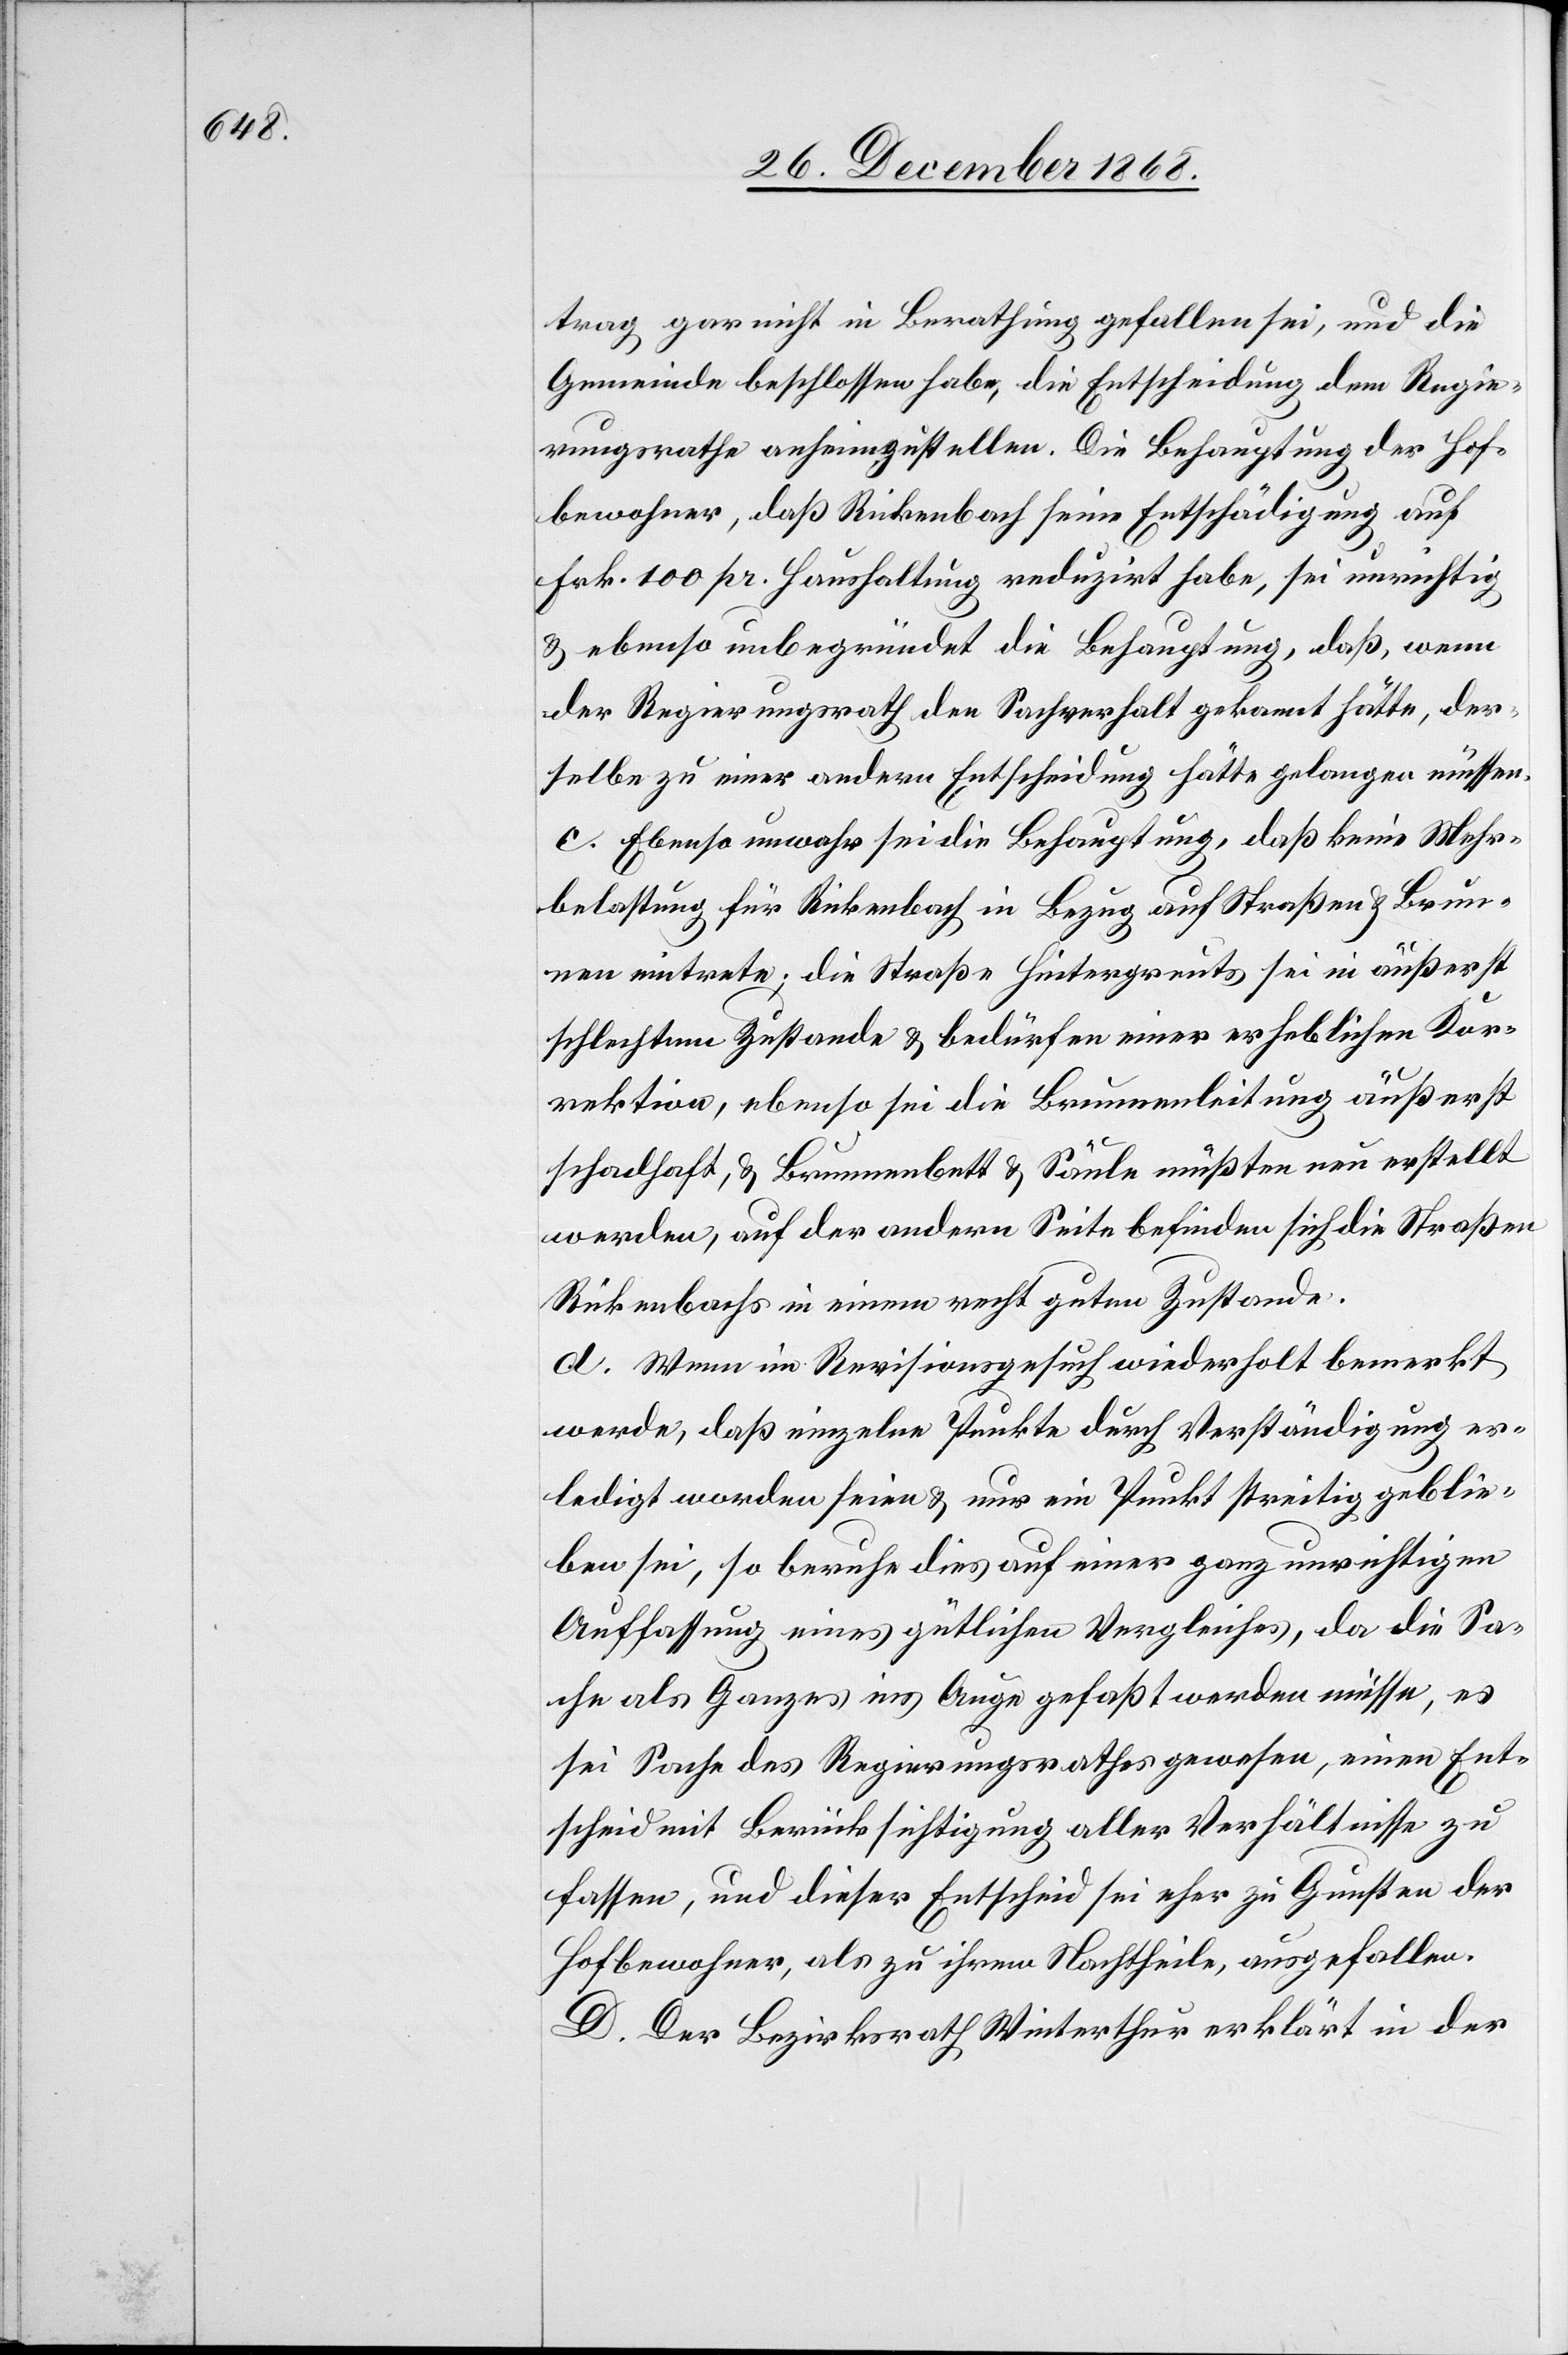
trag gar nicht in Berathung gefallen sei, und die
Gemeinde beschlossen habe, die Entscheidung dem Regie¬
rungsrathe anheimzustellen. Die Behauptung der Hof¬
bewohner, daß Rickenbach seine Entschädigung auf
Frk. 100 pr. Haushaltung reduzirt habe, sei unrichtig
& ebenso unbegründet die Behauptung, daß, wenn
der Regierungsrath den Sachverhalt gekannt hätte, der¬
selbe zu einer andern Entscheidung hätte gelangen müssen.
c. Ebenso unwahr sei die Behauptung, daß keine Mehr¬
belastung für Rickenbach in Bezug auf Straßen & Brun¬
nen eintrete; die Straße Hintergreuts sei in äußerst
schlechtem Zustande & bedürfen [sic!] einer erheblichen Kor¬
rektion, ebenso sei die Brunnenleitung äußerst
schadhaft, & Brunnenbett & Säule müßten neu erstellt
werden, auf der andern Seite befinden sich die Straßen
Rickenbachs in einem recht guten Zustande.
d. Wenn im Revisionsgesuch wiederholt bemerkt
werde, daß einzelne Punkte durch Verständigung er¬
ledigt worden seien & nur ein Punkt streitig geblie¬
ben sei, so beruhe dies auf einer ganz unrichtigen
Auffassung eines gütlichen Vergleiches, da die Sa¬
che als Ganzes ins Auge gefaßt werden müsse, es
sei Sache des Regierungsrathes gewesen, einen Ent¬
scheid mit Berücksichtigung aller Verhältnisse zu
fassen, und dieser Entscheid sei eher zu Gunsten der
Hofbewohner, als zu ihrem Nachtheile, ausgefallen.
D. Der Bezirksrath Winterthur erklärt in der